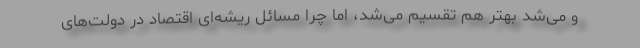
و می‌شد بهتر هم تقسیم می‌شد، امّا چرا مسائل ریشه‌ای اقتصاد در دولت‌های